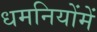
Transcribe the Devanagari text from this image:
धमनियोंमें